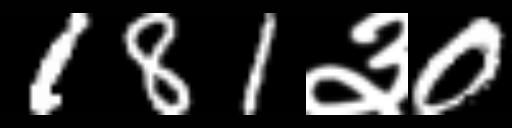
Text: 181३0